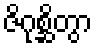
ဇိဂုစ္ဆိတွာ